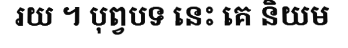
រយ ។ បុព្វបទ នេះ គេ និយម